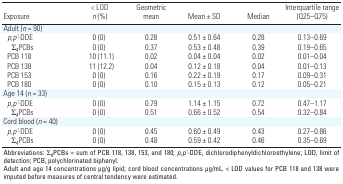
| Exposure | < LOD n (%) | Geometric mean | Mean ± SD | Median | Interquartile range (Q25–Q75) |
 | --- | --- | --- | --- | --- | --- |
 | Adult (n = 90) |
 | p,p ́-DDE | 0 (0) | 0.28 | 0.51 ± 0.64 | 0.28 | 0.13–0.69 |
 | Σ4PCBs | 0 (0) | 0.37 | 0.53 ± 0.48 | 0.39 | 0.19–0.65 |
 | PCB 118 | 10 (11.1) | 0.02 | 0.04 ± 0.04 | 0.02 | 0.01–0.04 |
 | PCB 138 | 11 (12.2) | 0.04 | 0.12 ± 0.18 | 0.04 | 0.01–0.13 |
 | PCB 153 | 0 (0) | 0.16 | 0.22 ± 0.19 | 0.17 | 0.09–0.31 |
 | PCB 180 | 0 (0) | 0.10 | 0.15 ± 0.13 | 0.12 | 0.05–0.21 |
 | Age 14 (n = 33) |
 | p,p ́-DDE | 0 (0) | 0.79 | 1.14 ± 1.15 | 0.72 | 0.47–1.17 |
 | Σ4PCBs | 0 (0) | 0.51 | 0.66 ± 0.52 | 0.54 | 0.32–0.84 |
 | Cord blood (n = 40) |
 | p,p’-DDE | 0 (0) | 0.45 | 0.60 ± 0.49 | 0.43 | 0.27–0.86 |
 | Σ4PCBs | 0 (0) | 0.48 | 0.59 ± 0.42 | 0.46 | 0.35–0.69 |
 | <COLSPAN=6> Abbreviations: Σ4PCBs = sum of PCB 118, 138, 153, and 180; p,p ́-DDE, dichlorodiphenyldichloroethylene; LOD, limit of detection; PCB, polychlorinated biphenyl. Adult and age 14 concentrations μg/g lipid; cord blood concentrations μg/mL. < LOD values for PCB 118 and 138 were imputed before measures of central tendency were estimated. |